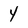
Character: 4